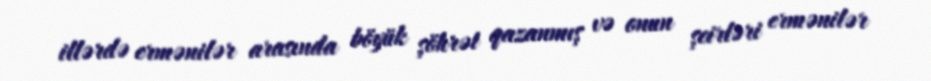
illərdə ermənilər arasında böyük şöhrət qazanmış və onun şeirləri ermənilər